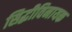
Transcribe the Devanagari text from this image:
सिद्धीविनायक